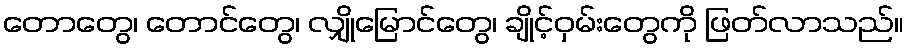
တောတွေ၊ တောင်တွေ၊ လျှိုမြောင်တွေ၊ ချိုင့်ဝှမ်းတွေကို ဖြတ်လာသည်။